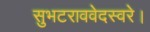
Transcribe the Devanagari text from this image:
सुभटराववेदस्वरे।